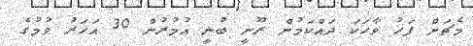
މެޗަށް ފަހު ވާހަކަ ދައްކަމުން ރޫނީ ބުނީ އުމުރުން 30 އަހަރު ވުމުގެ